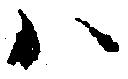
ハ